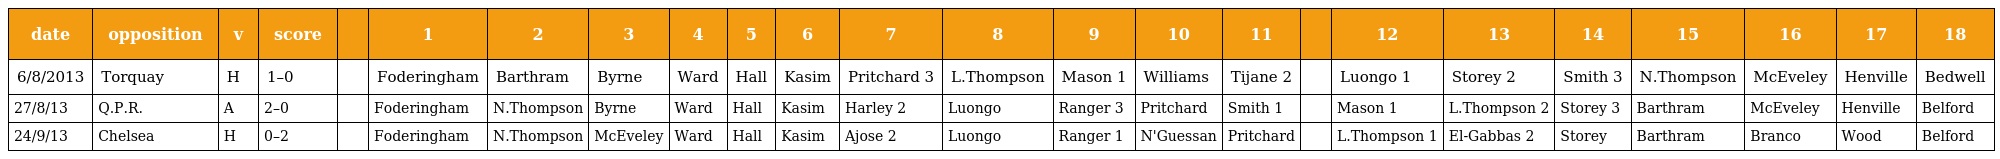
| date | opposition | v | score |  | 1 | 2 | 3 | 4 | 5 | 6 | 7 | 8 | 9 | 10 | 11 |  | 12 | 13 | 14 | 15 | 16 | 17 | 18 |
 | --- | --- | --- | --- | --- | --- | --- | --- | --- | --- | --- | --- | --- | --- | --- | --- | --- | --- | --- | --- | --- | --- | --- | --- |
 | 6/8/2013 | Torquay | H | 1–0 |  | Foderingham | Barthram | Byrne | Ward | Hall | Kasim | Pritchard 3 | L.Thompson | Mason 1 | Williams | Tijane 2 |  | Luongo 1 | Storey 2 | Smith 3 | N.Thompson | McEveley | Henville | Bedwell |
 | 27/8/13 | Q.P.R. | A | 2–0 |  | Foderingham | N.Thompson | Byrne | Ward | Hall | Kasim | Harley 2 | Luongo | Ranger 3 | Pritchard | Smith 1 |  | Mason 1 | L.Thompson 2 | Storey 3 | Barthram | McEveley | Henville | Belford |
 | 24/9/13 | Chelsea | H | 0–2 |  | Foderingham | N.Thompson | McEveley | Ward | Hall | Kasim | Ajose 2 | Luongo | Ranger 1 | N'Guessan | Pritchard |  | L.Thompson 1 | El-Gabbas 2 | Storey | Barthram | Branco | Wood | Belford |